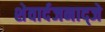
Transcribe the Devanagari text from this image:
शेवार्दजनाद्जे